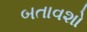
બતાવશો